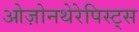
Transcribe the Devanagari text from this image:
ओज़ोनथेरेपिस्ट्स